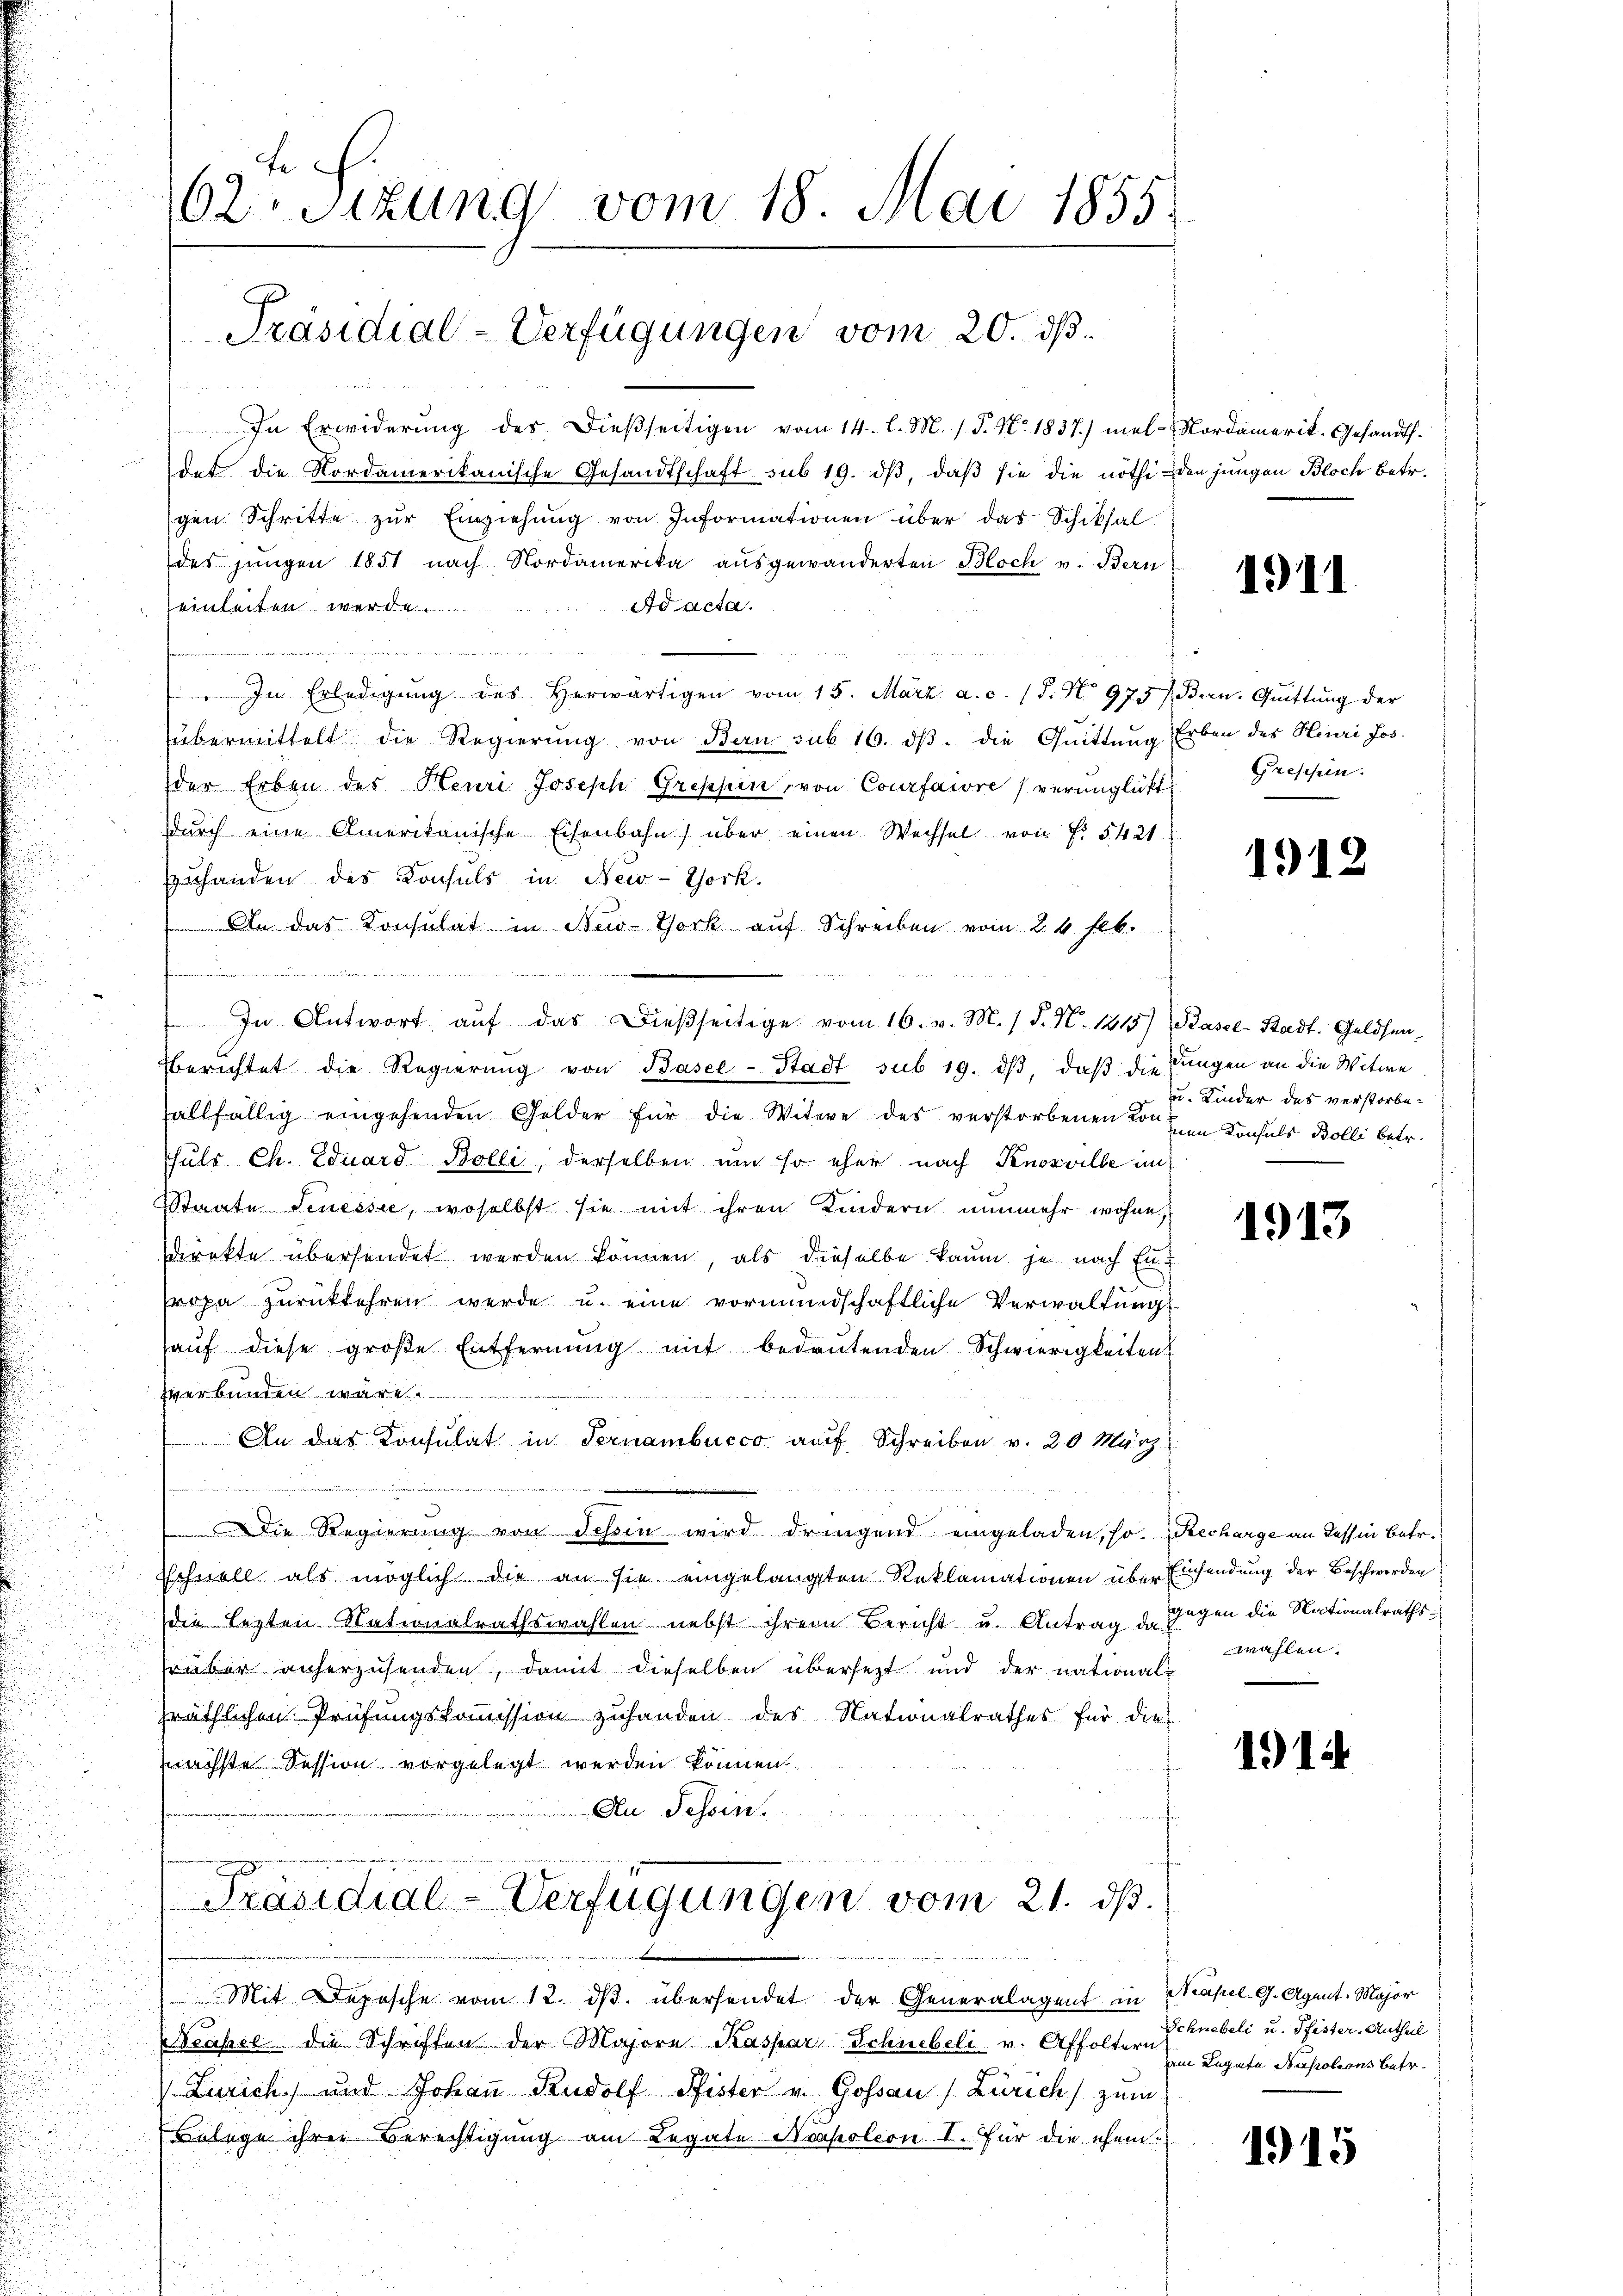
In Erwiderung des dießseitigen vom 14. l. M. / 5. No. 1837.) mel-Nordamerik- Gesandt.
det die Nordamerikanische Gesandtschaft sub 19. dβ, daβ sie die nöthi- den jungen Bloch betr.
gen Schritte zŭr Einziehŭng von Informationen über das Schiksal
des jungen 1851 nach Nordamerika ausgewanderten Bloch v. Bern
Ad acta.
einleiten werde.

" In Erledigŭng des herwärtigen vom 15. März a. c. 18. No 975 (Bern. Gŭittŭng der
übermittelt die Regierŭng von Bern sub 16. dβ. die Quittung Erben des Henri Jos.
der Erben des Heuri Joseph Grephin, von Courfaire verunglükt
durch eine Amerikanische Eisenbahn) über einen Wechsel von Fr. 5421
Zuhanden des Konsuls in New-York.
An. das Konsulat in New-York auf Schreiben vom 24. Feb.
uee ent
1
 ebenen Seitet wer
In Antwort aŭf das dießseitige vom 16. v. M. 1 S. N. 1115) Basel-Stadt, Gelösen.
berichtet die Regierŭng von Basel-Stadt sub 19. dβ, daß die Jungen an die Witwe
allfällig eingehenden Golder für die Witwe des verstorbenen den Konsuls Bolli betr.
Fuls Ch. Eduard Bolli, derselben um so eher nach Knosville im
Staate Teneisee, woselbst sie mit ihren Kindern nunmehr wohne,
sdirekte übersendet werden können, als dieselbe kaum je nach Ent
ropa zurückkehren werde u. eine vormundschaftliche Verwaltung
haŭf diese große Entfernŭng mit bedeŭtenden Schwierigkeiten
zverbunden wäre
An das Konsulat in Ternambucco auf Schreiben v. 20 März
Die Regierung von Tessin wird dringend eingeladen, so Recharge an dessen Betr.
Schnell als möglich die an sie eingelangten Reklamationen über Einsendung der Beschwerden
die lezten Nationalrathswahlen nebst ihrem Bericht u. Antrag d. Gegen die Nationalrathsfrüber anherzusenden, damit dieselben übersetzt und der nationals
präthlichen Prüfungskommission zuhanden des Nationalrathes für die
nächste Session vorgelegt werden können
Au. Schein

62. Sizung vom 18. Mai 1855.

Präsidial-Verfügungen vom 20. ds.

Präsidial-Verfügungen vom 21. ds.

Mit Depesche vom 12. dβ. übersendet der Generalagent in Kapel. G. Agent. Major
rassel die Schriften der Majora Kaspar Schnebeli v. Affolter E. Knebeli u. Pfister, Antheil
Zürich) und Johann Rudolf Pfister v. Gossau (Zürich, zum
Belege ihrer Berechtigung am Legate Napoleon I. für die ehem

1911

Gresehen.

1912

u. Kinder des verstorbe¬

1913

wahlen.

1914

am Legate Napoleons betr.

115